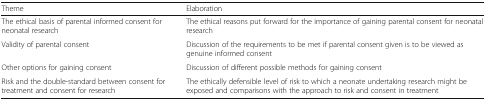
<table><thead><tr><td><b>Theme</b></td><td><b>Elaboration</b></td></tr></thead><tbody><tr><td>The ethical basis of parental informed consent for neonatal research</td><td>The ethical reasons put forward for the importance of gaining parental consent for neonatal research</td></tr><tr><td>Validity of parental consent</td><td>Discussion of the requirements to be met if parental consent given is to be viewed as genuine informed consent</td></tr><tr><td>Other options for gaining consent</td><td>Discussion of different possible methods for gaining consent</td></tr><tr><td>Risk and the double-standard between consent for treatment and consent for research</td><td>The ethically defensible level of risk to which a neonate undertaking research might be exposed and comparisons with the approach to risk and consent in treatment</td></tr></tbody></table>